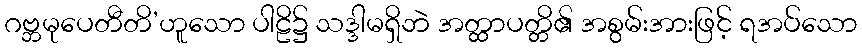
ဂဗ္ဘမုပေတီတိ’ဟူသော ပါဠိ၌ သဒ္ဒါမရှိဘဲ အတ္ထာပတ္တိ၏ အစွမ်းအားဖြင့် ရအပ်သော